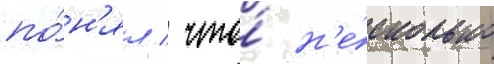
по́н'ял / что́ н'е́сколько